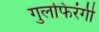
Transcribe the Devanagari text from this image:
गुलफिरंगी